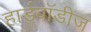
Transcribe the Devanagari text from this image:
हार्डबॉडीज